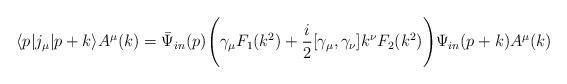
LaTeX: \begin{align*}\langle p|j_{\mu}|p+k \rangle A^{\mu}(k)=\bar{\Psi}_{in}(p)\Biggl( \gamma_{\mu}F_{1}(k^{2})+\frac{i}{2}[\gamma_{\mu},\gamma_{\nu}]k^{\nu}F_{2}(k^{2}) \Biggr)\Psi_{in}(p+k)A^{\mu}(k)\end{align*}